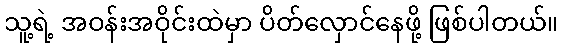
သူ့ရဲ့ အဝန်းအဝိုင်းထဲမှာ ပိတ်လှောင်နေဖို့ ဖြစ်ပါတယ်။